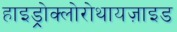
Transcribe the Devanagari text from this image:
हाइड्रोक्लोरोथायज़ाइड